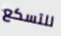
للتسكع